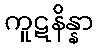
ကူဋနိန္နာ